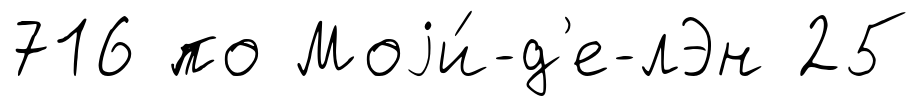
716 по Моjи́-д'е-лЭн 25